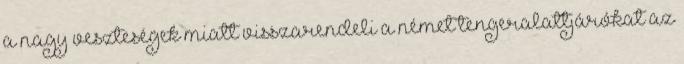
a nagy veszteségek miatt visszarendeli a német tengeralattjárókat az